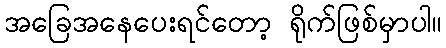
အခြေအနေပေးရင်တော့ ရိုက်ဖြစ်မှာပါ။